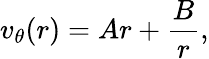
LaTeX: v_{\theta}(r)=Ar+\frac{B}{r},